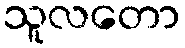
သူလတော